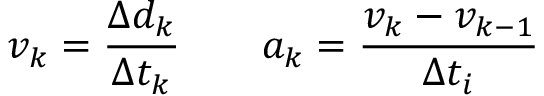
v _ { k } = \frac { \Delta { d } _ { k } } { \Delta { t } _ { k } } \qquad a _ { k } = \frac { v _ { k } - v _ { k - 1 } } { \Delta t _ { i } }